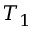
T _ { 1 }